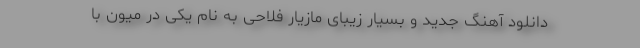
دانلود آهنگ جدید و بسیار زیبای مازیار فلاحی به نام یکی در میون با